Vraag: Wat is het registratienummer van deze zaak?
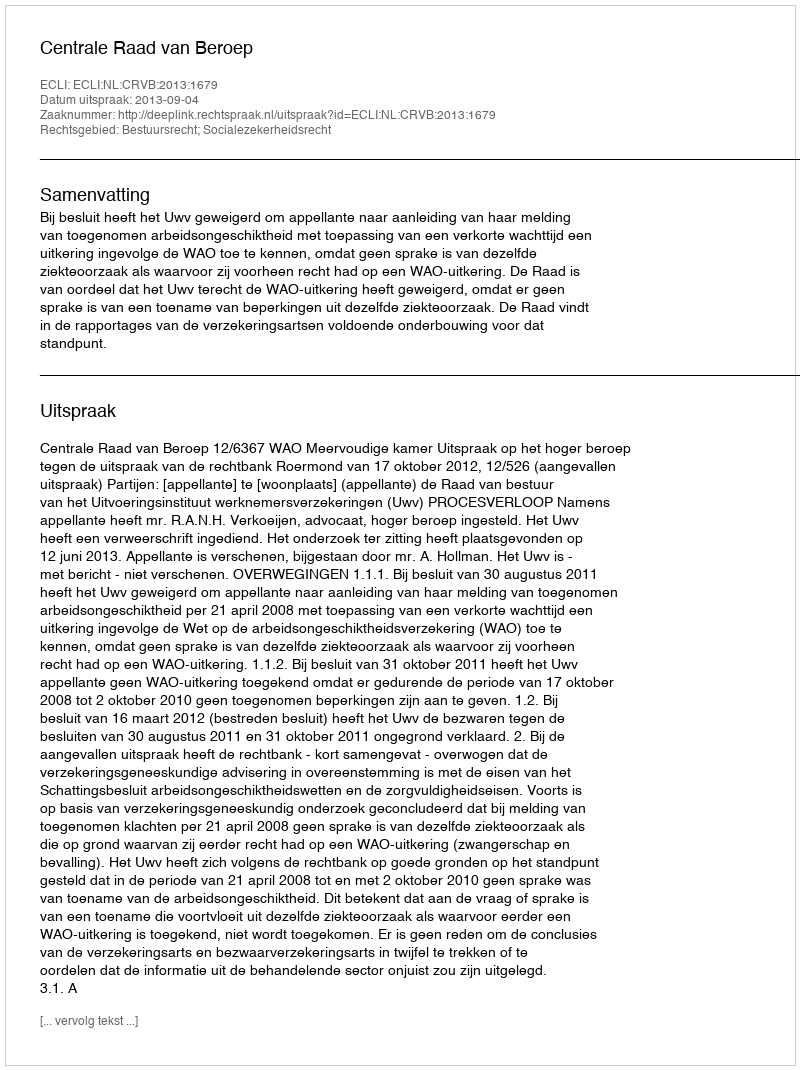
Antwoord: http://deeplink.rechtspraak.nl/uitspraak?id=ECLI:NL:CRVB:2013:1679